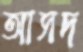
আসদ